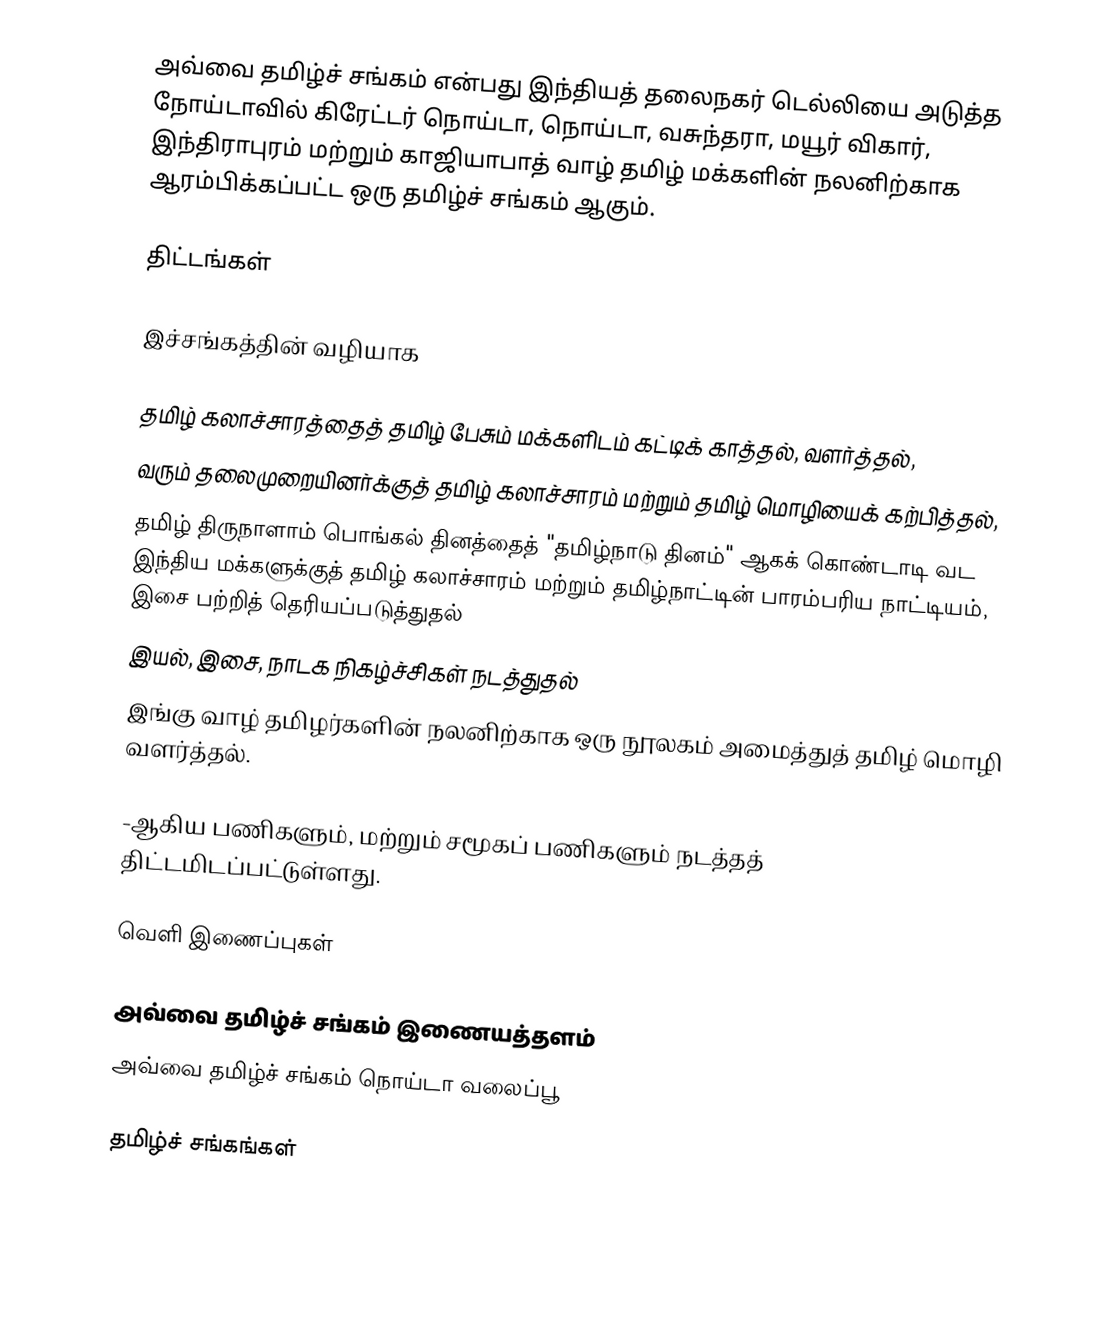
அவ்வை தமிழ்ச் சங்கம் என்பது இந்தியத் தலைநகர் டெல்லியை அடுத்த நோய்டாவில் கிரேட்டர் நொய்டா, நொய்டா, வசுந்தரா, மயூர் விகார், இந்திராபுரம் மற்றும் காஜியாபாத் வாழ் தமிழ் மக்களின் நலனிற்காக ஆரம்பிக்கப்பட்ட ஒரு தமிழ்ச் சங்கம் ஆகும்.

திட்டங்கள்

இச்சங்கத்தின் வழியாக

தமிழ் கலாச்சாரத்தைத் தமிழ் பேசும் மக்களிடம் கட்டிக் காத்தல், வளர்த்தல்,
வரும் தலைமுறையினர்க்குத் தமிழ் கலாச்சாரம் மற்றும் தமிழ் மொழியைக் கற்பித்தல்,
தமிழ் திருநாளாம் பொங்கல் தினத்தைத் "தமிழ்நாடு தினம்" ஆகக் கொண்டாடி வட இந்திய மக்களுக்குத் தமிழ் கலாச்சாரம் மற்றும் தமிழ்நாட்டின் பாரம்பரிய நாட்டியம், இசை பற்றித் தெரியப்படுத்துதல்
இயல், இசை, நாடக நிகழ்ச்சிகள் நடத்துதல்
இங்கு வாழ் தமிழர்களின் நலனிற்காக ஒரு நூலகம் அமைத்துத் தமிழ் மொழி வளர்த்தல்.

-ஆகிய பணிகளும், மற்றும் சமூகப் பணிகளும் நடத்தத் திட்டமிடப்பட்டுள்ளது.

வெளி இணைப்புகள்

 அவ்வை தமிழ்ச் சங்கம் இணையத்தளம்
 அவ்வை தமிழ்ச் சங்கம் நொய்டா வலைப்பூ

தமிழ்ச் சங்கங்கள்